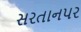
સરતાનપર